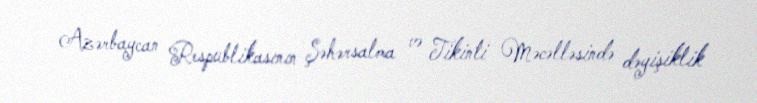
Azərbaycan Respublikasının Şəhərsalma və Tikinti Məcəlləsində dəyişiklik